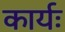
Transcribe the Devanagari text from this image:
कार्यः